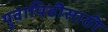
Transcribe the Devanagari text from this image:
युवापिढीसाठी